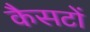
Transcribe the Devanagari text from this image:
कैसटों